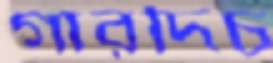
গারদিচ